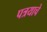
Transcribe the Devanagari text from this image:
पत्रयाचे